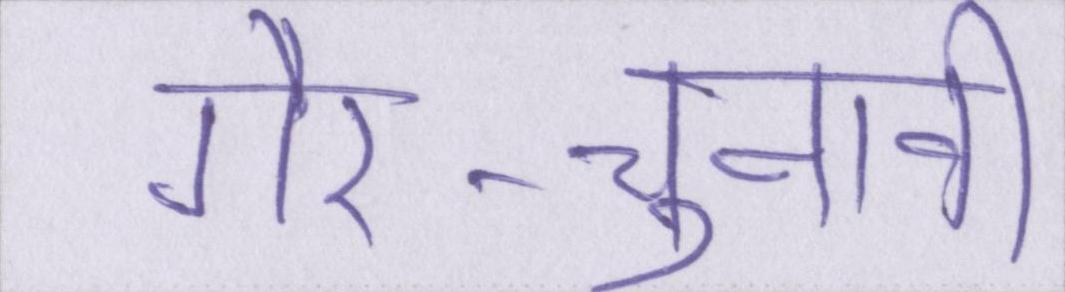
गैर-चुनावी